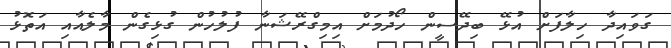
ގަވަައިދާ ހިލާފަށް އުޅޭ ބިދޭސީން ހޯދުމަށް އިމިގްރޭޝަނާ ފުލުހުން ގުޅިގެން މާލެއާއި އަތޮޅު